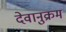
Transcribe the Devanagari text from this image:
देवानुक्रम